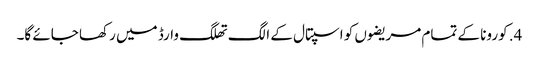
4. کورونا کے تمام مریضوں کو اسپتال کے الگ تھلگ وارڈ میں رکھا جائے گا۔